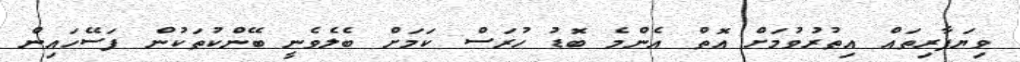
ވިޔަފާރިތައް އިތުރުވުމަށް އޮތް އެންމެ ބޮޑު ހުރަސް ކަމަށް ބެލެވެނީ ބޭންކުތަކުން ފަސޭހައިން